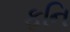
ફનિ